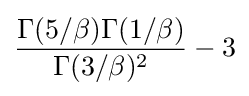
{\frac {\Gamma (5/\beta )\Gamma (1/\beta )}{\Gamma (3/\beta )^{2}}}-3